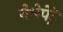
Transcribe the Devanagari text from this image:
नेभेपेट्रे